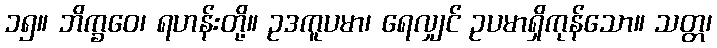
၁၅။ ဘိက္ခဝေ၊ ရဟန်းတို့။ ဥဒကူပမာ၊ ရေလျှင် ဥပမာရှိကုန်သော။ သတ္တ၊